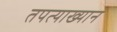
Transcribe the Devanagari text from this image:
तपत्याख्यान